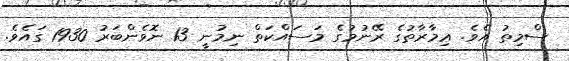
ސްމިތު އެވެ. ޢިމާރާތުގެ ރޭނުމުގެ މަސައްކަތް ނިމުނީ 13 ނޮވެންބަރު 1930 ގައެވެ.